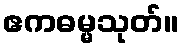
ဧကဓမ္မသုတ်။